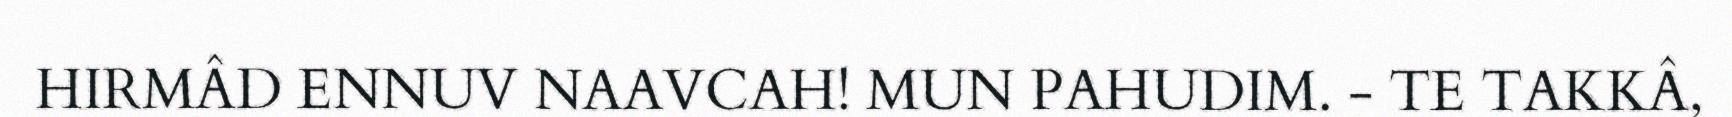
HIRMÂD ENNUV NAAVCAH! MUN PAHUDIM. - TE TAKKÂ,